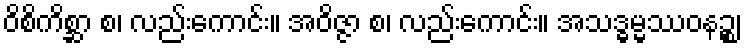
ဝိစိကိစ္ဆာ စ၊ လည်းကောင်း။ အဝိဇ္ဇာ စ၊ လည်းကောင်း။ အသဒ္ဓမ္မဿဝနဉ္စ၊